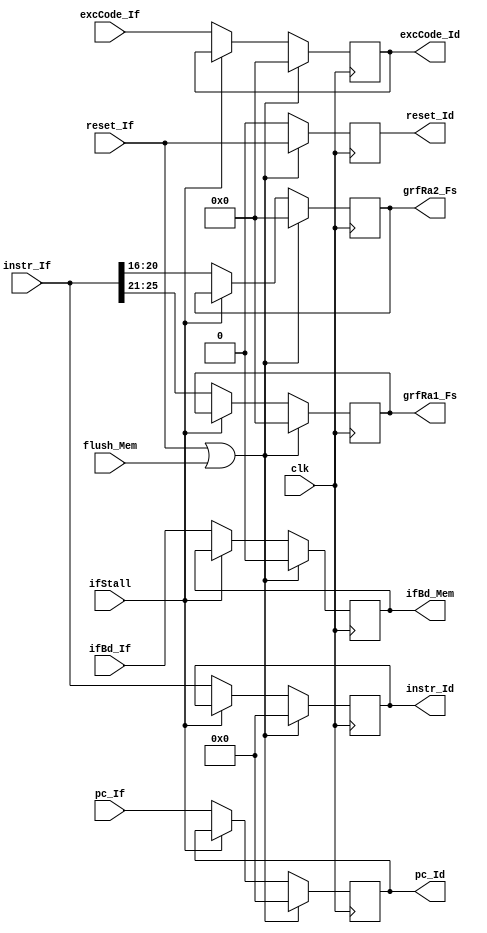
`timescale 1ns / 1ps
//////////////////////////////////////////////////////////////////////////////////
// Company: 
// Engineer: 
// 
// Design Name: 
// Module Name:    IfId 
// Project Name: 
// Target Devices: 
// Tool versions: 
// Description: 
//
// Dependencies: 
//
// Revision: 
// Revision 0.01 - File Created
// Additional Comments: 
//
//////////////////////////////////////////////////////////////////////////////////
module IfId(
	input clk,
	input reset_If,
	input flush_Mem,
	input ifStall,
	input ifBd_If,
	input [31:0]pc_If,
	input [31:0]instr_If,
	input [4:0]excCode_If,
	
	output reg reset_Id,
	output reg [31:0]pc_Id,
	output reg [31:0]instr_Id,
	output reg [4:0]excCode_Id,
	output reg [4:0]grfRa1_Fs,
	output reg [4:0]grfRa2_Fs,
	output reg ifBd_Mem
    );

	initial begin
		reset_Id 	<=	0;
		pc_Id 		<=	0;
		excCode_Id	<=	0;
		instr_Id 	<=	0;
		grfRa1_Fs 	<=	0;
		grfRa2_Fs	<=	0;
		ifBd_Mem		<=	0;
	end
	
	always@(posedge clk)begin
		if(reset_If | flush_Mem)begin
			reset_Id 	<=	reset_If;
			pc_Id 		<=	0;
			instr_Id 	<=	0;
			excCode_Id	<=	0;
			grfRa1_Fs 	<=	0;
			grfRa2_Fs 	<=	0;
			ifBd_Mem		<=	0;
		end
		else begin
			reset_Id <= 0;
			if(ifStall == 0)begin
				pc_Id 		<=	pc_If;
				instr_Id 	<=	instr_If;
				excCode_Id	<=	excCode_If;
				grfRa1_Fs	<=	instr_If[25:21];
				grfRa2_Fs 	<=	instr_If[20:16];
				ifBd_Mem		<=	ifBd_If;
			end
		end
	end	

endmodule